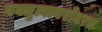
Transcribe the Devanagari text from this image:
वक्तृत्वाबरोबरच